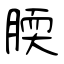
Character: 腝